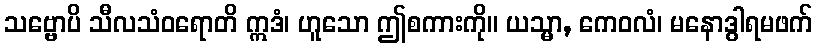
သဗ္ဗောပိ သီလသံဝရောတိ ဣဒံ၊ ဟူသော ဤစကားကို။ ယသ္မာ, ကေဝလံ၊ မနောဒွါရမဖက်